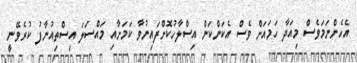
އެހެންނަމަވެސް މިއަދާ ހަމައަށް ވެސް އެކަންކަން އިސްލާހުކޮށްފައިނުވާ ކަމަށާއި މައްސަލަ އިސްތިއުނާފު ކުރެވޭނީ